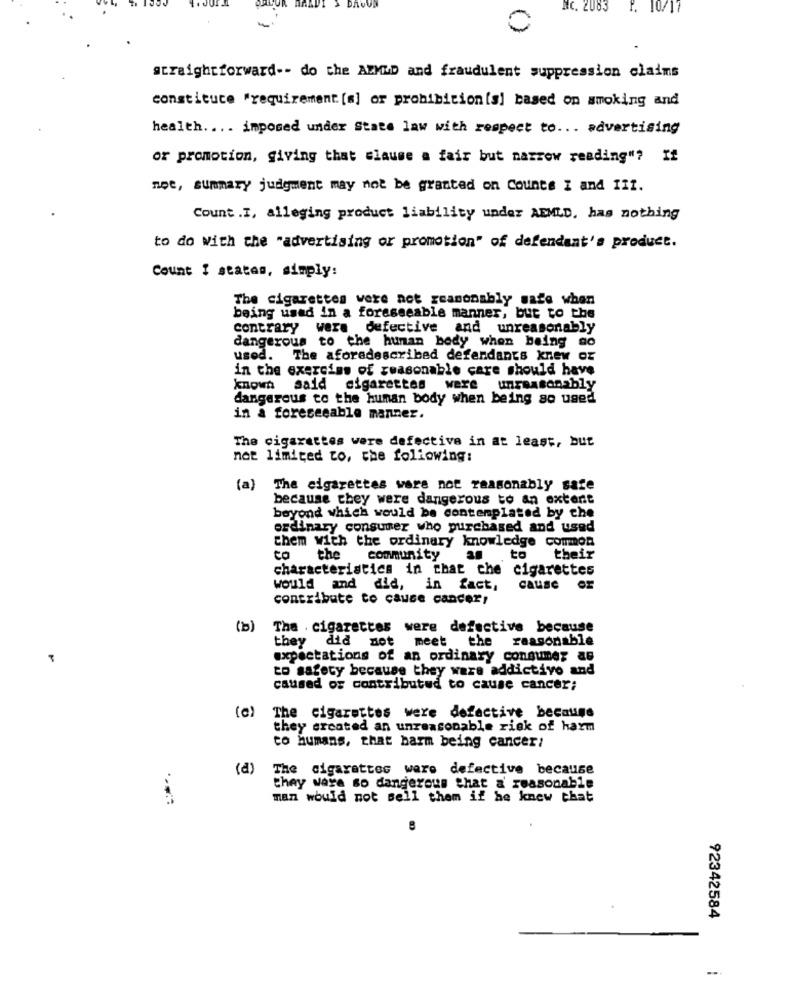
Nc. 2083 P. 10/17
-
straightforward -- do che AZMMD and fraudulent suppression claims
constituce "requirement [s] or prohibition[s] based on smoking and
health. . .. imposed under State law with respect to ... advertising
or promotion, giving that slause a fair but narrow reading"? If
noe, summary judgment may not be granted on Counts I and III.
Count .I, alleging product liability under AEMLD, has nothing
to do with the "advertising or promotion" of defendant's product.
Count I states, simply:
The cigarettes were not reasonably safe when
being used in a foreseeable manner, but to the
contrary were defective and unreasonably
dangerous to the human body when being go
used. The aforedescribed defendants knew or
in the exerciss of reasonable care should have
known said cigarettes were unreasonably
dangerous to the human body when being so usedl
in a foreseeable manner.
The cigarettes were defective in at least, but
not limited to, the following:
(a)
The cigarettes were not reasonably safe
because they were dangerous to an extent
beyond which would be contemplated by che
ordinary consumer who purchased and used
them With the ordinary knowledge common
co
the
community
to
their
characteristics in that che cigarettes
would and did, in fact,
contribute to cause cancer,
(b)
Tha . cigarettes were defective because
they did not meet the reasonable
expectations of an ordinary consumer as
to safety because they were addictive and
caused of contributed to cause cancer;
The cigarettes were defective because
they created an unreasonable risk of harm
co humans, that barm being cancer!
(a)
The cigarettes were defective because
they wara so dangerous that a reasonable
man would not sell them if he knew that
92342584